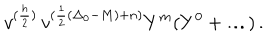
LaTeX: v ^ { ( \frac { h } { 2 } ) } \, v ^ { ( \frac { 1 } { 2 } ( \Delta _ { 0 } - M ) + n ) } Y ^ { m } ( Y ^ { 0 } + \ldots ) \, .